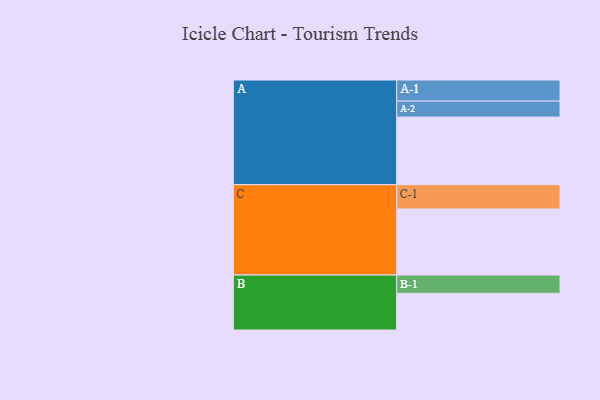
{"axis": {"x": "Segment", "y": "Value"}, "legend": ["", "A", "B", "C"], "data": [{"x": "A", "y": 578, "type": ""}, {"x": "B", "y": 314, "type": ""}, {"x": "C", "y": 565, "type": ""}, {"x": "A-1", "y": 180, "type": "A"}, {"x": "A-2", "y": 137, "type": "A"}, {"x": "B-1", "y": 156, "type": "B"}, {"x": "C-1", "y": 208, "type": "C"}]}